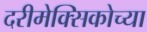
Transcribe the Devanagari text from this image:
दरीमेक्सिकोच्या